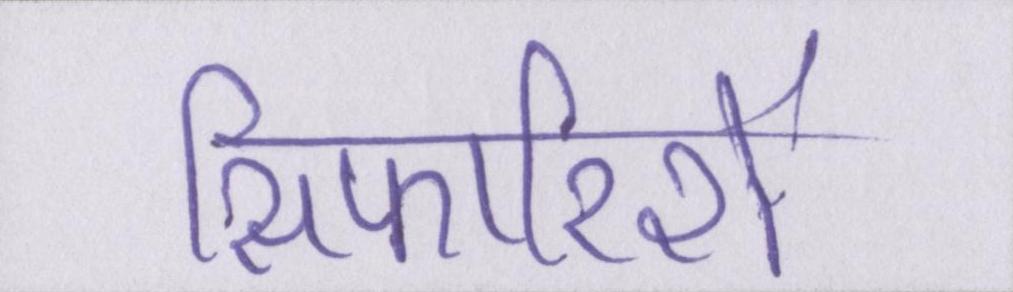
सिफारिशें